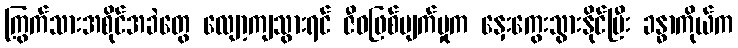
ကြွက်သားအစိုင်အခဲတွေ လျော့ကျသွားရင် ဇီဝဖြစ်ပျက်မှုက နှေးကွေးသွားနိုင်ပြီး ခန္ဓာကိုယ်က